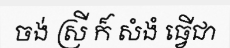
ចង់ ស្រី ក៏ សំងំ ធ្វើជា